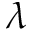
\lambda